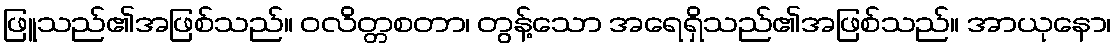
ဖြူသည်၏အဖြစ်သည်။ ဝလိတ္တစတာ၊ တွန့်သော အရေရှိသည်၏အဖြစ်သည်။ အာယုနော၊